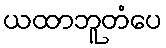
ယထာဘူတံပေ